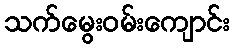
သက်မွေးဝမ်းကျောင်း